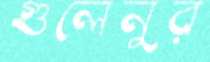
গুলেনুর